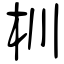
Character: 杊